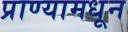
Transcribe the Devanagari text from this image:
प्राण्यामधून